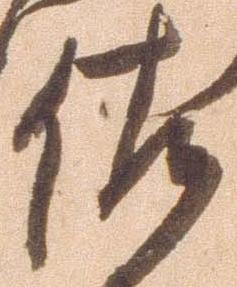
佐